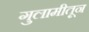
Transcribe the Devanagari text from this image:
गुलामीतून